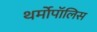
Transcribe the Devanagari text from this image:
थर्मोपॉलिस